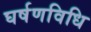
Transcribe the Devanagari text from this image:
घर्षणविधि